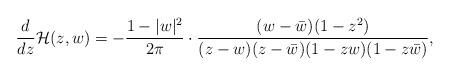
LaTeX: \begin{align*}\frac{d}{dz}{\cal H}(z,w)=-\frac{1-|w|^2}{2\pi}\cdot\frac{(w-\bar{w})(1-z^2)}{(z-w)(z-\bar{w})(1-zw)(1-z\bar{w})}, \end{align*}